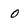
Character: 0